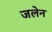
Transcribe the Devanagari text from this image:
जलेन